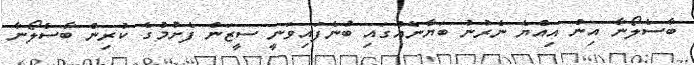
ބާސެލޯނާ އިން އިއްޔެ ނެރުނު ބަޔާނެއްގައި ބުނެފައިވަނީ ސީޒަން ފެށުމުގެ ކުރިން ބާސެލޯނާ